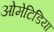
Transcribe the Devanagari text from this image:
ओमेटिडिया